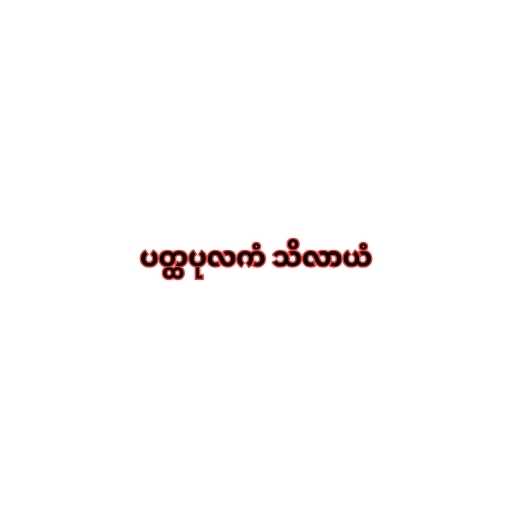
ပတ္ထပုလကံ သိလာယံ